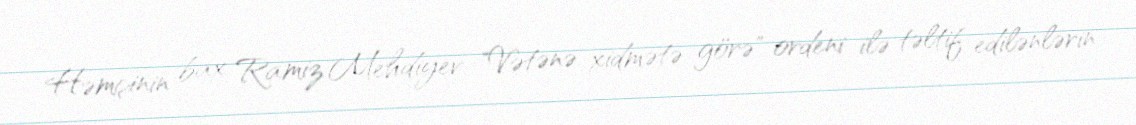
Həmçinin bax Ramiz Mehdiyev "Vətənə xidmətə görə" ordeni ilə təltif edilənlərin